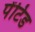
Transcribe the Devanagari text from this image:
पेंटिड